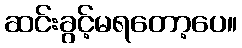
ဆင်းခွင့်မရတော့ပေ။